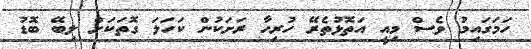
ހަމަގައިމު ވެސް މިއީ އަތޮޅުތެރޭ ހުރިހާ ރަށަކުން ކަހަލަ ގޮތަކަށް ލިބޭ ބޮޑު